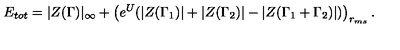
E _ { t o t } = | Z ( \Gamma ) | _ { \infty } + \left( e ^ { U } ( | Z ( \Gamma _ { 1 } ) | + | Z ( \Gamma _ { 2 } ) | - | Z ( \Gamma _ { 1 } + \Gamma _ { 2 } ) | ) \right) _ { r _ { m s } } .